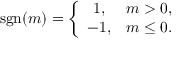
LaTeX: \mathrm { s g n } ( m ) = \left\{ \begin{array} { c c } { { 1 , } } & { { m > 0 , } } \\ { { - 1 , } } & { { m \le 0 . } } \end{array} \right.